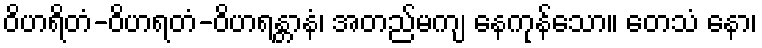
ဝိဟရိတံ-ဝိဟရတံ-ဝိဟရန္တာနံ၊ အတည်မကျ နေကုန်သော။ တေသံ နော၊